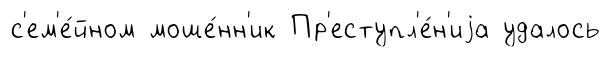
с'ем'е́йном моше́нн'ик Пр'еступл'е́н'иjа удалось